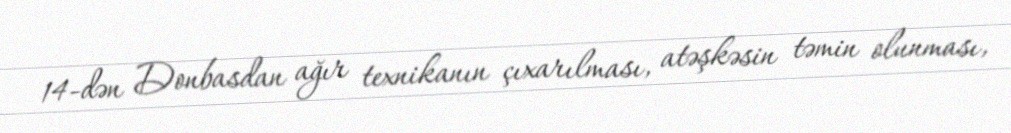
14-dən Donbasdan ağır texnikanın çıxarılması, atəşkəsin təmin olunması,